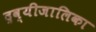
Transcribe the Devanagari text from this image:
द्रव्यीजालिका